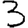
Digit: 3